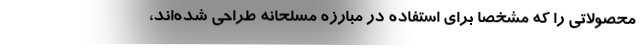
محصولاتی را که مشخصاً برای استفاده در مبارزه مسلحانه طراحی شده‌اند،